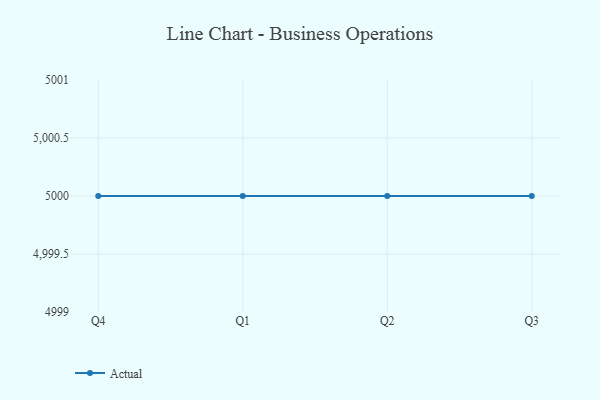
{"axis": {"x": "Quarter", "y": "Website Visitors"}, "legend": ["Actual"], "data": [{"x": "Q4", "y": 5000, "type": "Actual"}, {"x": "Q1", "y": 5000, "type": "Actual"}, {"x": "Q2", "y": 5000, "type": "Actual"}, {"x": "Q3", "y": 5000, "type": "Actual"}]}